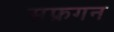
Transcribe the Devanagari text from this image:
सफ्रगन